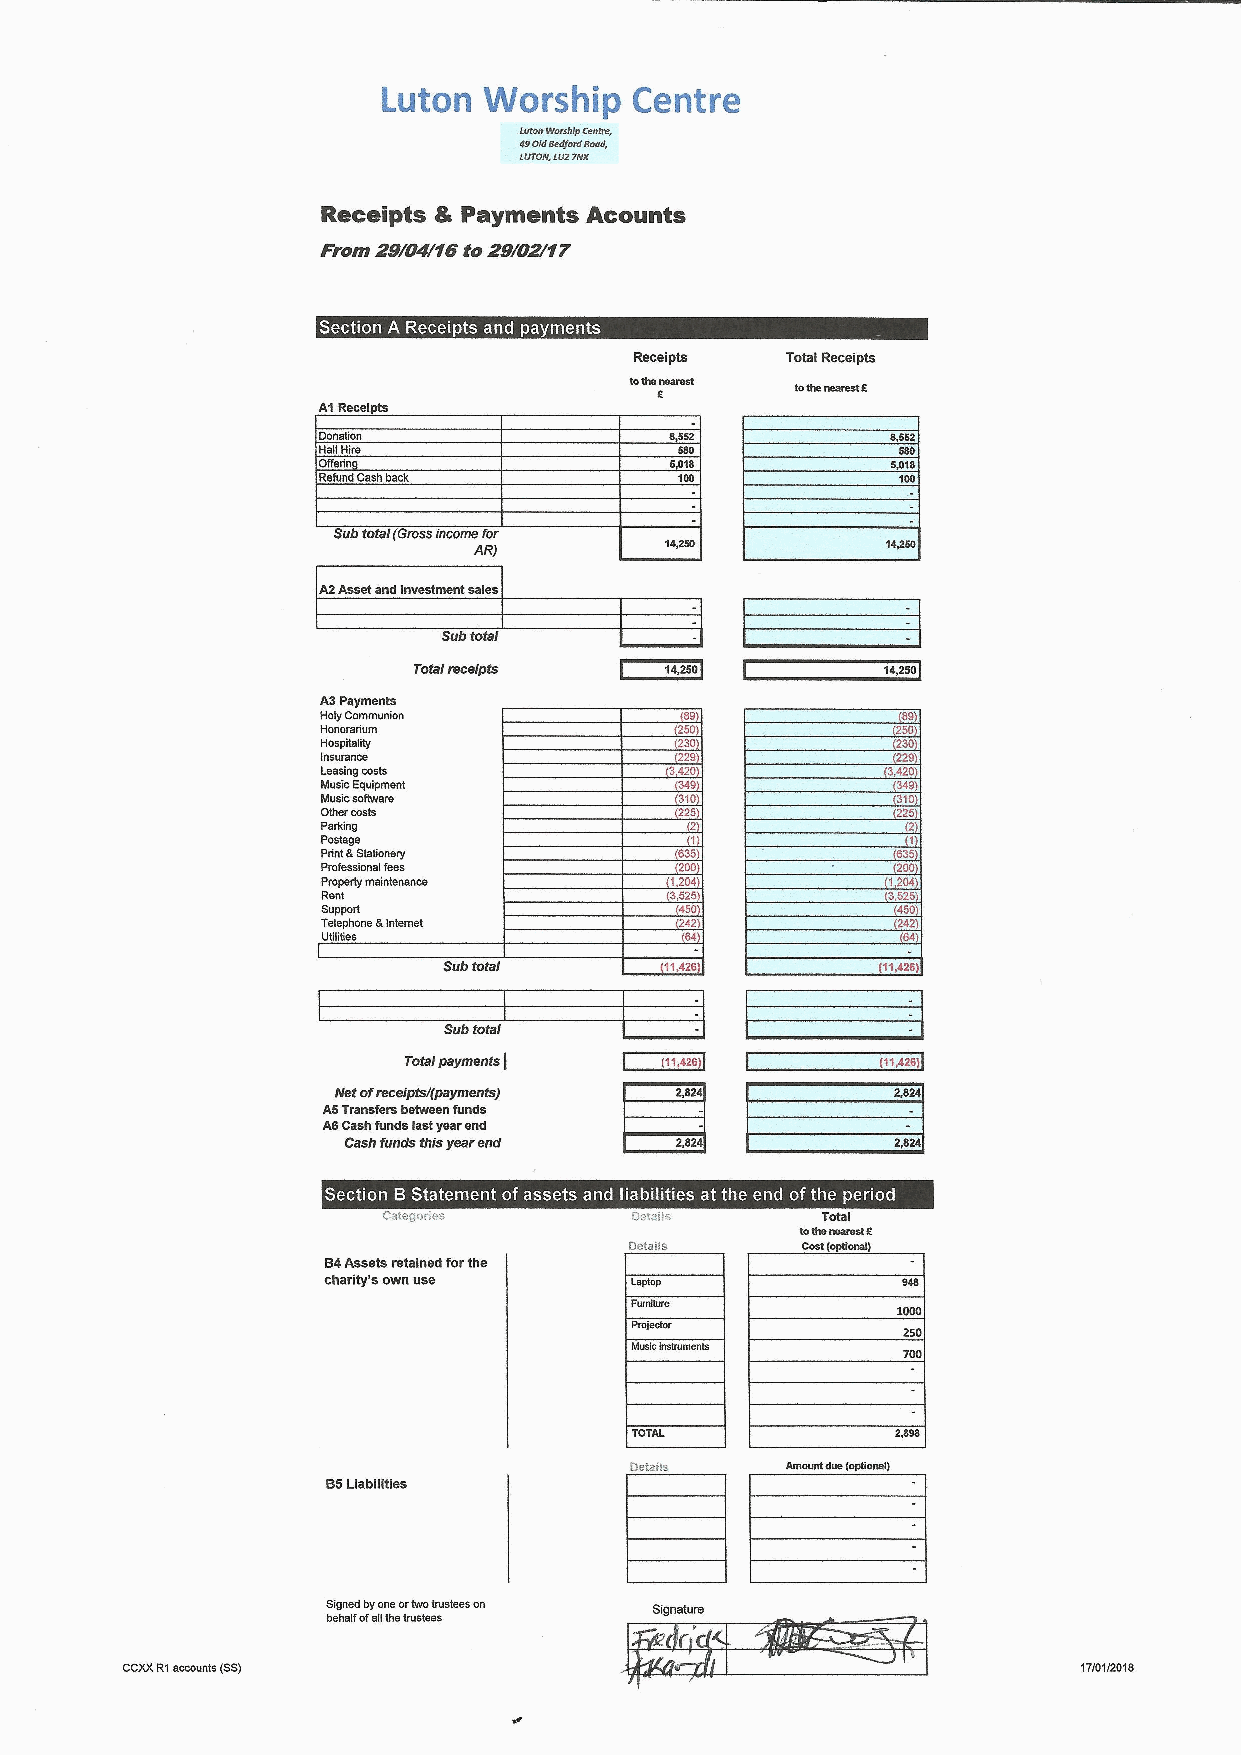
i,
 s
 Section A Receipts and payments
 ~ " ~
 I ~
 ~~BR
 ~~55I
 ~~SRIIII
 ~EE
 ~ ~
 ~ ~
 Section BStatement ofassets and liabilities at the end ofthe period
 ~ I t
 IkÃ%
 IRRiRH
 RRRRRiR
 SR'